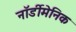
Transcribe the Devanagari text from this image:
नॉर्डीमेनिक